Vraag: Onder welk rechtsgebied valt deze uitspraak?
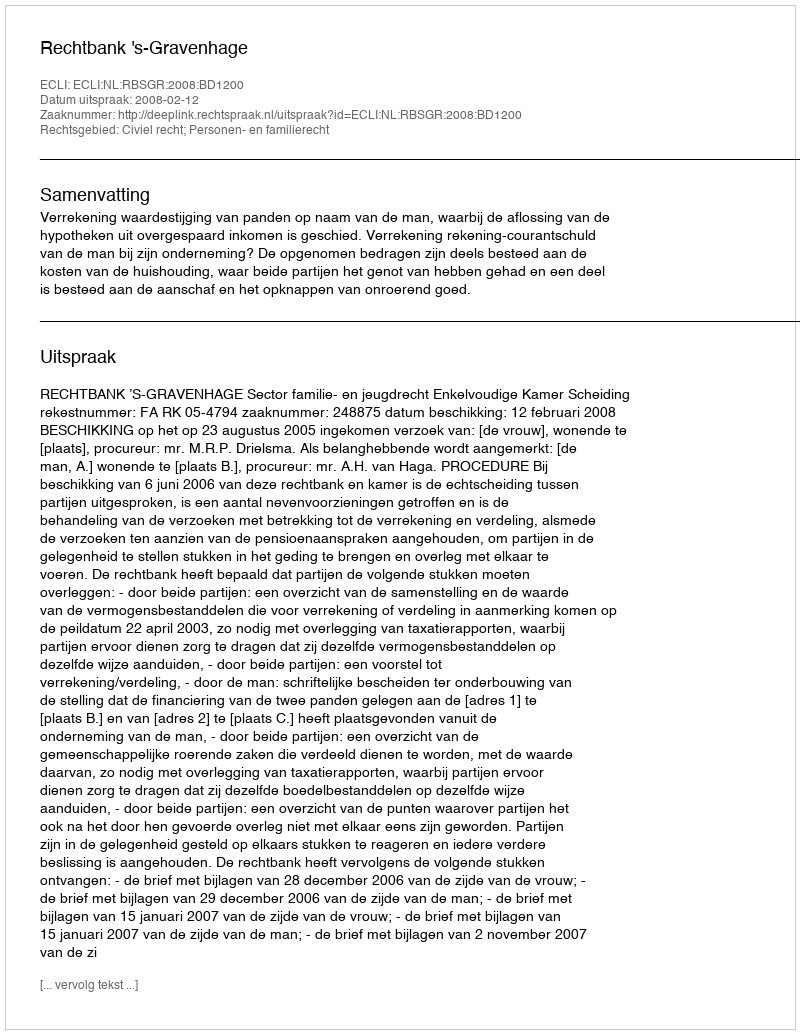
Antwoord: Civiel recht; Personen- en familierecht